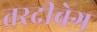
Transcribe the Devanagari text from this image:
तरदीबेग